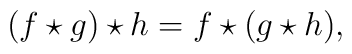
(f\star g)\star h = f\star(g\star h),